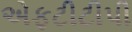
એફટીટીપી